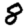
Digit: 8